Medical and sanitary report of the native army of Bengal for the year
Year: 1874
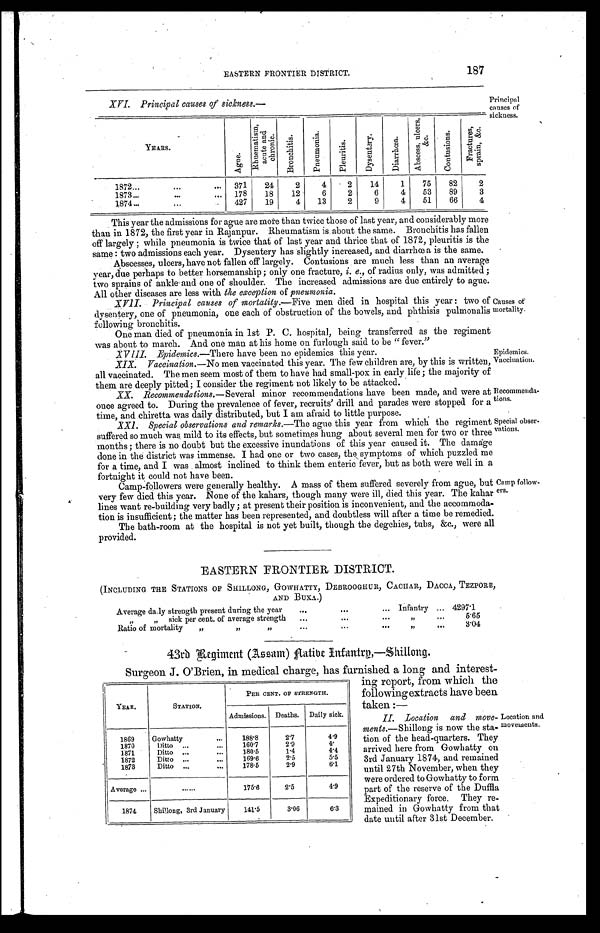
Causes of
mortality.
Epidemics.
Vaccination.
Recommenda
-tions.
Special obser
-vations.
EASTERN FRONTIER DISTRICT.
187
Principal
causes of
sickness.
XVI. Principal causes of sickness:—
YEARS.
A g u e .
R h u e m a t i s m , a c u t e a n d c h r o n i c .
B r o n c h i t i s .
P n e u m o n i a .
P l e u r i t i s .
D y s e n t e r y .
D i a r r h œ a .
A b s c e s s , u n l c e r s , & c .
C o n t u s i o n s .
F r a c t u r e s , s p r a i n , & c .
1872...
. . .
... 371
24
2
4
2
14
1
75
82
2
1873...
. . .
... 178
18
12
6
2
6
4
53
89
3
1874...
...
. . . 427
19
4
13
2
9
4
5 1 66
4
This year the admissions for ague are more than twice those of last year, and considerably more
than in 1872, the first year in Rajanpur. Rheumatism is about the same. Bronchitis has fallen
off largely; while pneumonia is twice that of last year and thrice that of 1872, pleuritis is the
same: two admissions each year. Dysentery has slightly increased, and diarrhœa is the same.
Abscesses, ulcers, have not fallen off largely. Contusions are much less than an average
year, due perhaps to better horsemanship; only one fracture, i. e., of radius only, was admitted;
two sprains of ankle and one of shoulder. The increased admissions are due entirely to ague.
All other diseases are less with the exception of pneumonia.
XVII. Principal causes of mortality.— Five men died in hospital this year: two of
dysentery, one of pneumonia, one each of obstruction of the bowels, and phthisis pulmonalis
following bronchitis.
One man died of pneumonia in 1st P. C. hospital, being transferred as the regiment
was about to march. And one man at his home on furlough said to be "fever."
XVIII. Epidemics.—There have been no epidemics this year.
XIX. Vaccination.– No men vaccinated this year. The few children are, by this is written,
all vaccinated. The men seem most of them to have had small-pox in early life; the majority of
them are deeply pitted; I consider the regiment not likely to be attacked.
XX. Recommendations.—Several minor recommendations have been made, and were at
once agreed to. During the prevalence of fever, recruits' drill and parades were stopped for a
time, and chiretta was daily distributed, but I am afraid to little purpose.
XXI. Special observations and remarks.— The ague this year from which the regiment
suffered so much was, mild to its effects, but sometimes hung about several men for two or three
months; there is no doubt but the excessive inundations of this year caused it. The damage
done in the district was immense. I had one or two cases, the symptoms of which puzzled me
for a time, and I was almost inclined to think them enteric fever, but as both were well in a
fortnight it could not have been.
Camp-followers were generally healthy. A mass of them suffered severely from ague, but
very few died this year. None of the kahars, though many were ill, died this year. The kahar
lines want rep-building very badly; at present their position is inconvenient, and the accommoda-
tion is insufficient; the matter has been represented, and doubtless will after a time be remedied
The bath-room at the hospital is not yet built, though the degchies, tubs, &c., were all
Provided.
Camp follow
-ers.
EASTERN FRONTIER DISTRICT.
(INCLUDING THE STATIONS OF SHILLONG, GOWHATTY, DEBROOGHUR, CACHAR, DACCA, TEZPORE,
Average daily strength present during the year ...
... Infantry ... 4297.1
„
,, sick per cent. of average strength ... ...
,,
...
5.65
Ratio of mortality ,, ,, ,, ... ... ...
,,
...
3.04
43rd Regiment (Assam) Native Infantry,—Shillong.
Surgeon J. O'Brien, in medical charge, has furnished a long and interest
-
YEAR.
STATION.
PER CENT. OF STRENGTH.
Admissions. Deaths. Daily sick.
1869
Gowhatty
...
188. 8
2.7
4.9
1870
Ditto ...
...
160. 7
2.9
4 .
1871
Ditto ...
...
180.5
1.4
4. 4
1872
Ditto ...
...
169.6
2.5
5.5
1873
Ditto . . .
...
178.5
2.9
6. 1
Average ...
. . . . . .
175. 6
2.5
4. 9
1874
Shillong, 3rd January
141.5
3.06
6. 3
ing report, from which the
following extracts have been
taken:—
II. Location and move
- m e n t s
.—Shillong is now the sta-
tion of the head-quarters. They
arrived here from Gowhatty on
3rd January 1874, and remained
until 27th November, when they
were ordered to Gowhatty to form
part of the reserve of the Duffla
Expeditionary force. They re
-mained in Gowhatty from that
date until after 31st December.
Location and
movements.